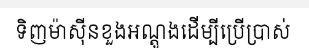
ទិញម៉ាស៊ីនខួងអណ្តូងដើម្បីប្រើប្រាស់